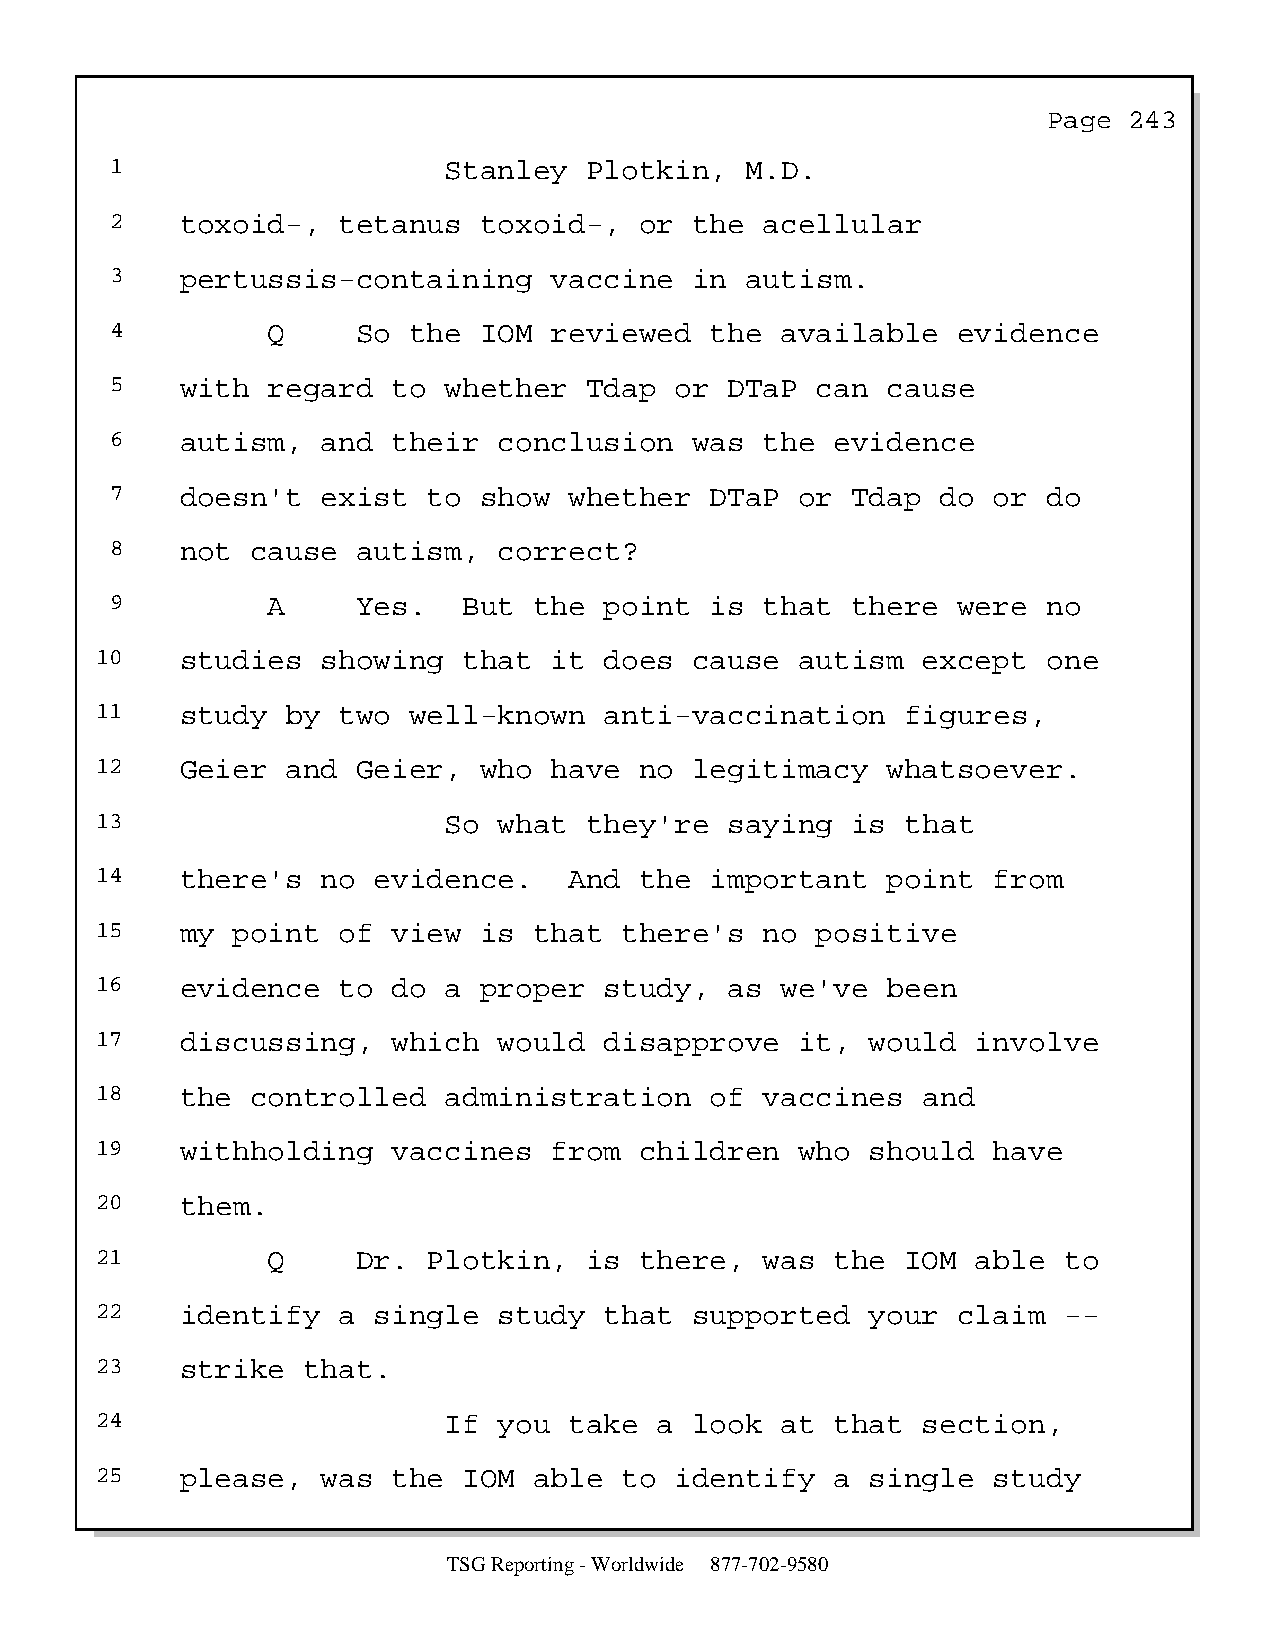
Page  243
 1                     Stanley   Plotkin,  M.D.
 2    toxoid-,  tetanus   toxoid-,  or  the  acellular
 3    pertussis-containing    vaccine   in autism.
 4          Q     So the  IOM reviewed   the  available  evidence
 5    with  regard  to whether   Tdap  or DTaP  can  cause
 6    autism,  and  their  conclusion   was  the evidence
 7    doesn't  exist  to  show  whether  DTaP  or Tdap  do  or do
 8    not  cause  autism,  correct?
 9          A     Yes.   But the  point  is  that there  were  no
 10    studies  showing   that it  does  cause  autism  except  one
 11    study  by two  well-known   anti-vaccination    figures,
 12    Geier  and  Geier,  who have  no  legitimacy   whatsoever.
 13                     So  what  they're  saying  is  that
 14    there's  no  evidence.    And the  important   point  from
 15    my point  of  view  is that  there's   no positive
 16    evidence  to  do a  proper  study,  as  we've  been
 17    discussing,   which  would  disapprove   it,  would  involve
 18    the  controlled  administration    of  vaccines  and
 19    withholding   vaccines  from  children   who  should  have
 20    them.
 21          Q     Dr. Plotkin,   is there,   was the  IOM  able to
 22    identify  a  single  study  that  supported   your claim  --
 23    strike  that.
 24                     If  you  take  a look  at that  section,
 25    please,  was  the  IOM able  to  identify  a  single  study
 TSG Reporting - Worldwide 877-702-9580